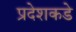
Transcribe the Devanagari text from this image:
प्रदेशकडे